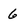
Character: 6